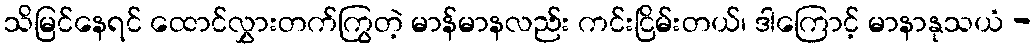
သိမြင်နေရင် ထောင်လွှားတက်ကြွတဲ့ မာန်မာနလည်း ကင်းငြိမ်းတယ်၊ ဒါကြောင့် မာနာနုသယံ -